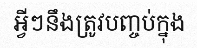
អ្វីៗនឹងត្រូវបញ្ចប់ក្នុង